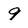
Character: 9